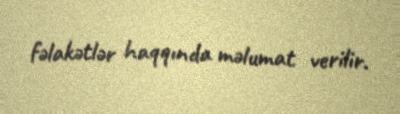
fəlakətlər haqqında məlumat verilir.